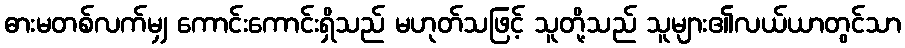
ဓားမတစ်လက်မျှ ကောင်းကောင်းရှိသည် မဟုတ်သဖြင့် သူတို့သည် သူများ၏လယ်ယာတွင်သာ